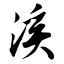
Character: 溪